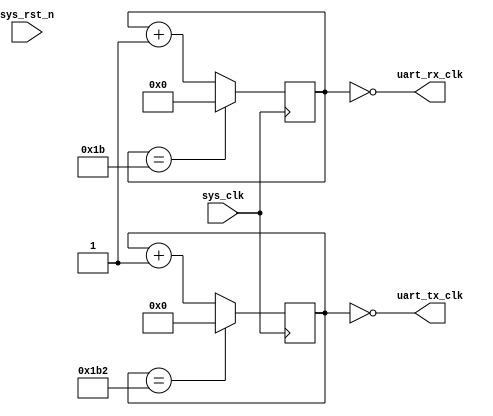
`timescale 1ns/1ps

module uart_clk_gen#(
    parameter CLK_FRE = 50, //clock frequency(MHz)
    parameter BAUD_RATE = 115200 //serial baud rate
)(
    input wire sys_clk,
    input wire sys_rst_n,
    output wire uart_rx_clk,
    output wire uart_tx_clk
);
localparam RX_CLK_SCALER = 16;
localparam RX_CLK_COUNT_MAX = (CLK_FRE* 1_000_000) / (BAUD_RATE * RX_CLK_SCALER); //uart oversampling clk
localparam TX_CLK_COUNT_MAX = (CLK_FRE* 1_000_000) / BAUD_RATE; //base baud rate clk

localparam RX_CNT_WIDTH = $clog2(RX_CLK_COUNT_MAX);
localparam TX_CNT_WIDTH = $clog2(TX_CLK_COUNT_MAX);
reg [RX_CNT_WIDTH - 1:0] rx_cnt = 0;
reg [TX_CNT_WIDTH - 1:0] tx_cnt = 0;

assign uart_rx_clk = (rx_cnt == 'd0);
assign uart_tx_clk = (tx_cnt == 'd0);

always @(posedge sys_clk) begin
    if(!sys_rst_n) begin
        rx_cnt <= {RX_CNT_WIDTH{1'b0}};
    end
	if (rx_cnt == RX_CLK_COUNT_MAX[RX_CNT_WIDTH - 1:0]) begin
        rx_cnt <= {RX_CNT_WIDTH{1'b0}};
    end
	else begin
        rx_cnt <= rx_cnt + 1;
    end
end

always @(posedge sys_clk) begin
    if(!sys_rst_n) begin
        tx_cnt <= {TX_CNT_WIDTH{1'b0}};
    end
	if (tx_cnt == TX_CLK_COUNT_MAX[TX_CNT_WIDTH - 1:0]) begin
        tx_cnt <= {TX_CNT_WIDTH{1'b0}};
    end
	else begin
        tx_cnt <= tx_cnt + 1;
    end
end
endmodule